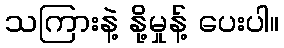
သကြားနဲ့ နို့မှုန့် ပေးပါ။